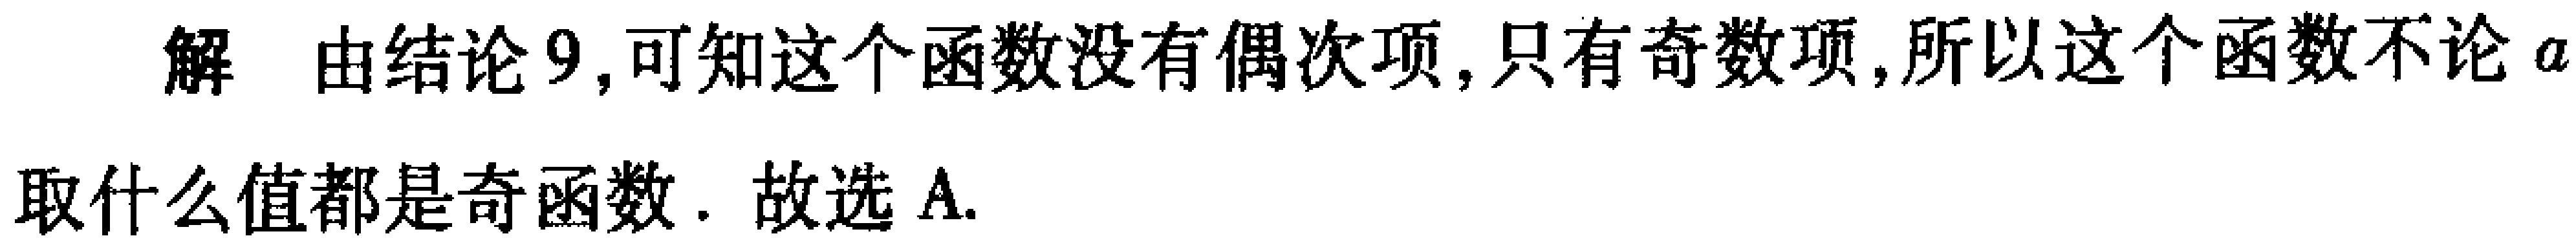
解 由结论 9,可知这个函数没有偶次项,只有奇数项,所以这个函数不论\(a\)取什么值都是奇函数. 故选 A.